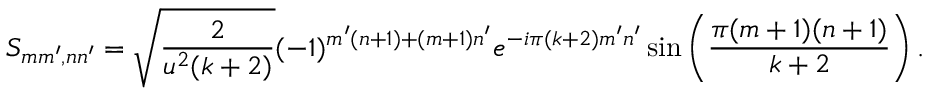
S _ { m m ^ { \prime } , n n ^ { \prime } } = \sqrt { \frac { 2 } { u ^ { 2 } ( k + 2 ) } } ( - 1 ) ^ { m ^ { \prime } ( n + 1 ) + ( m + 1 ) n ^ { \prime } } e ^ { - i \pi ( k + 2 ) m ^ { \prime } n ^ { \prime } } \sin \left( \frac { \pi ( m + 1 ) ( n + 1 ) } { k + 2 } \right) .